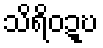
သိရိဝဍ္ဎ